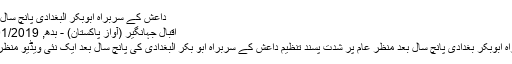
داعش کے سربراہ ابوبکر البغدادی پانچ سال بعد منظرعام پر
اقبال جہانگیر (آواز پاکستان) - بدھ, 05/01/2019 - 19:02
داعش کے سربراہ ابوبکر بغدادی پانچ سال بعد منظر عام پر شدت پسند تنظیم داعش کے سربراہ ابو بکر البغدادی کی پانچ سال بعد ایک نئی ویڈیو منظر عام پر آئی ہے۔